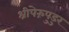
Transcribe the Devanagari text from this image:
श्रीपेरुंपुडुर